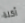
آكلة